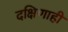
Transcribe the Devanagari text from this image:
दक्षिणाही